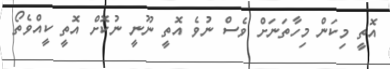
އޮތީ މިކަން މިހާތަނަށް ވެސް ނުވެ އޮތީ ނޫނީ ނުކޮށް އޮތީ ކީއްވެތޯ